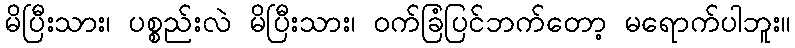
မိပြီးသား၊ ပစ္စည်းလဲ မိပြီးသား၊ ဝက်ခြံပြင်ဘက်တော့ မရောက်ပါဘူး။